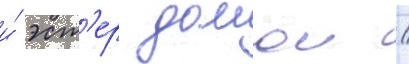
и́ эст'ер домои /